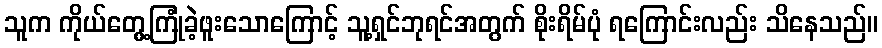
သူက ကိုယ်တွေ့ကြုံခဲ့ဖူးသောကြောင့် သူ့ရှင်ဘုရင်အတွက် စိုးရိမ်ပုံ ရကြောင်းလည်း သိနေသည်။